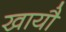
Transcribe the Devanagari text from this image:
खायौ